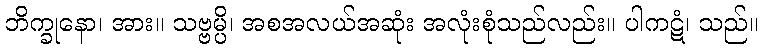
ဘိက္ခုနော၊ အား။ သဗ္ဗမ္ပိ၊ အစအလယ်အဆုံး အလုံးစုံသည်လည်း။ ပါကဋံ၊ သည်။